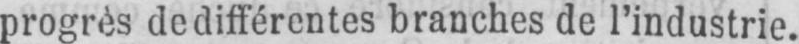
progrès de différentes branches de l’industrie.